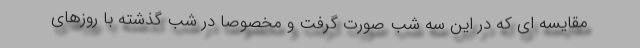
مقایسه ای که در این سه شب صورت گرفت و مخصوصا در شب گذشته با روزهای